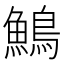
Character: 鷠